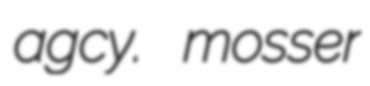
agcy. mosser